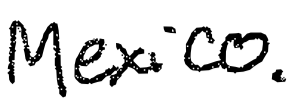
Text: Mexico.
Cross-out: clean
Writing tool: digital_black